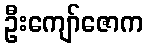
ဦးကျော်ဇောက